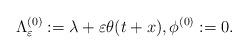
LaTeX: \begin{align*}\Lambda^{(0)}_{\varepsilon} := \lambda + \varepsilon \theta(t+x), \phi^{(0)}: =0.\end{align*}